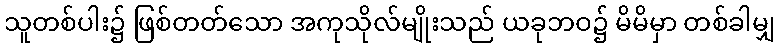
သူတစ်ပါး၌ ဖြစ်တတ်သော အကုသိုလ်မျိုးသည် ယခုဘဝ၌ မိမိမှာ တစ်ခါမျှ